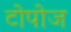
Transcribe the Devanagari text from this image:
टोपोज